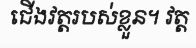
ជើងវត្តរបស់ខ្លួន។ វត្ត